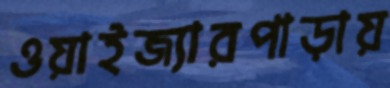
ওয়াইজ্যারপাড়ায়